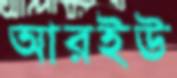
আরইউ